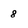
Character: 8